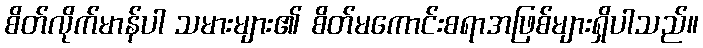
စိတ်လိုက်မာန်ပါ သမားများ၏ စိတ်မကောင်းစရာအဖြစ်များရှိပါသည်။